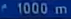
1000 m